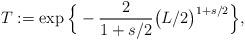
LaTeX: \begin{align*}T:= \exp\Big\{-\frac{2}{1+s/2}\big(L/2\big)^{1+s/2}\Big\},\end{align*}